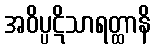
အဝိပ္ပဋိသာရတ္ထာနိ